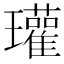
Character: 瓘